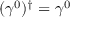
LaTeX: ( \gamma ^ { 0 } ) ^ { \dagger } = \gamma ^ { 0 }